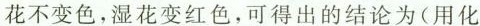
花不变色，湿花变红色，可得出的结论为(用化